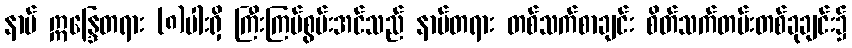
နာမ် ဣန္ဒြေတရား (၈)ပါးရှိ ကြီးကြပ်စွမ်းအင်သည် နာမ်တရား တစ်သက်စာချင်း စိတ်သက်တမ်းတစ်ခုချင်း၌